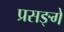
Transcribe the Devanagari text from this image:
प्रसङ्गे